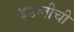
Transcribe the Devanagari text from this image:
इडलीची